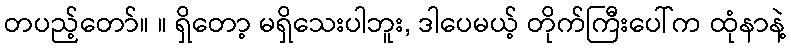
တပည့်တော်။ ။ ရှိတော့ မရှိသေးပါဘူး, ဒါပေမယ့် တိုက်ကြီးပေါ်က ထုံနာနဲ့